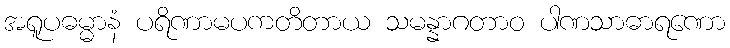
အရူပဓမ္မာနံ ပရိဏာမပကတိတာယ သမန္နာဂတာဝ ပါဏသာဓာရဏော